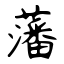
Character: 藩